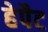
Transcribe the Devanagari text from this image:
हेपैट